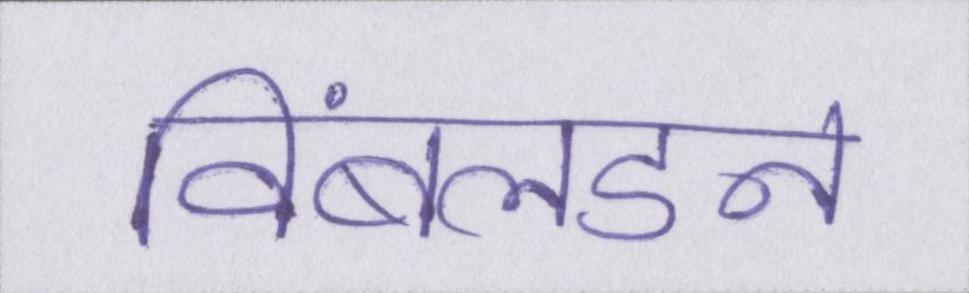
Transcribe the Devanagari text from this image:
विंबलडन